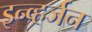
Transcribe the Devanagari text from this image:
इन्व्हर्जन